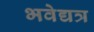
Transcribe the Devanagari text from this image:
भवेद्यत्र